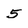
Character: 5